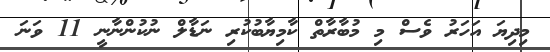
މިދިޔަ އަހަރު ވެސް މި މުބާރާތް ކާމިޔާބުކުރި ނަޑާލް ނުކުންނާނީ 11 ވަނަ